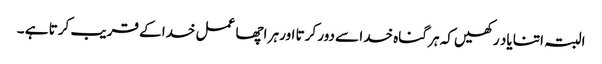
البتہ اتنا یاد رکھیں کہ ہر گناہ خدا سے دور کرتا اور ہر اچھا عمل خدا کے قریب کرتا ہے ۔